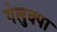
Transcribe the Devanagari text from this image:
गेलुक्पा